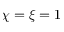
\chi = \xi = 1